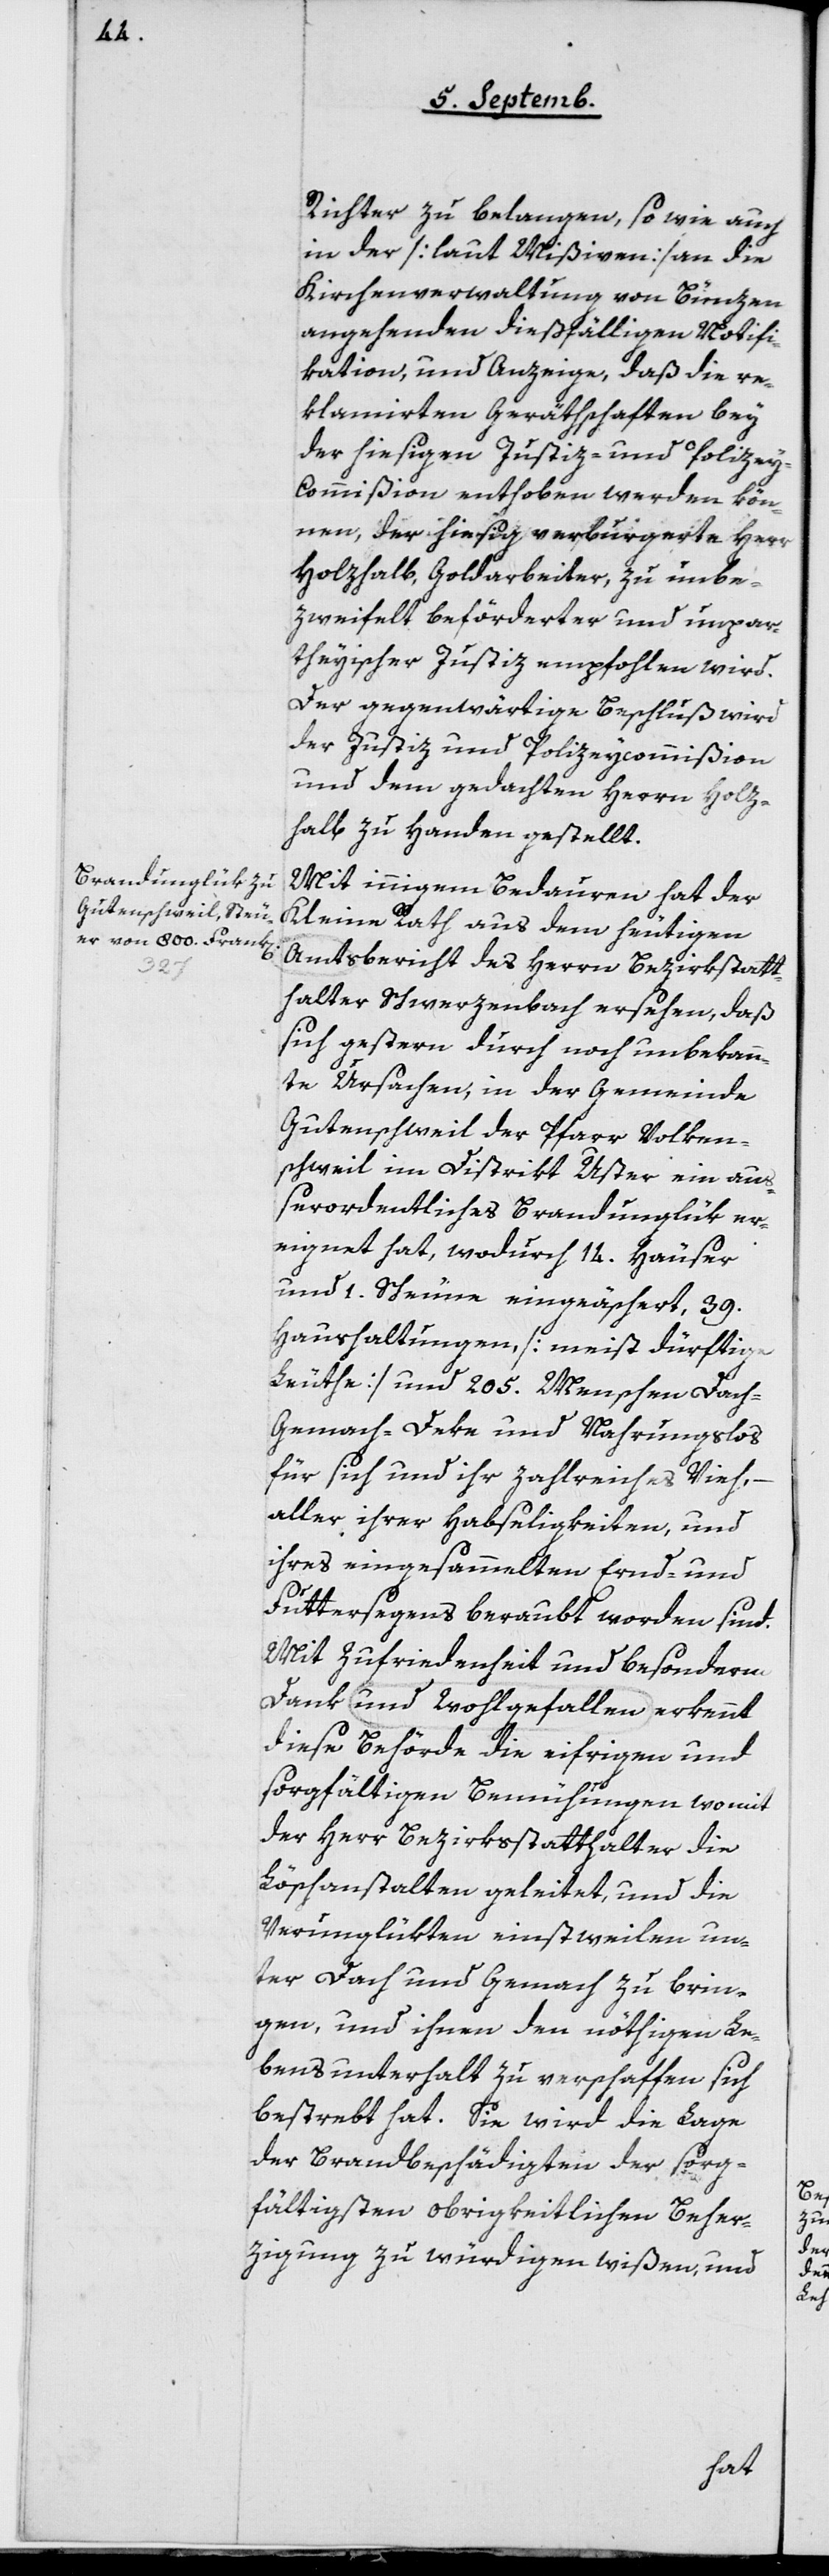
Richter zu belangen, so wie auch
in der [laut Mißiven] an die
Kirchenverwaltung von Bünzen
angehenden dießfälligen Notifi¬
kation und Anzeige, daß die re¬
klamirten Geräthschaften bey
der hiesigen Justiz- und Polize¬
y-Commißion enthoben werden kön¬
nen, der hiesig verburgerte Herr
Holzhalb, Goldarbeiter, zu unbe¬
zweifelt beförderter und unpar¬
theyischer Justiz empfohlen wird.
Der gegenwärtige Beschluß wird
der Justiz- und Polizeycommißion
und dem gedachten Herrn Holz¬
halb zu Handen gestellt.
Mit innigem Bedauern hat der
Kleine Rath aus dem heutigen
Amtsbericht des Herrn Bezirkstatt¬
halter Schwerzenbach ersehen, daß
sich gestern durch noch unbekann¬
te Ursachen, in der Gemeinde
Gutenschweil der Pfarr Volken¬
tschweil im District Uster ein au¬
ßerordentliches Brandunglük er¬
eignet hat, wodurch 14 Häuser
und 1 Scheune eingeäschert, 39
Haushaltungen [meist dürftige
Leute] und 205 Menschen Dach-
Gemach- [,] Deke und Nahrungslos
für sich und ihr zahlreiches Vieh, –
aller ihrer Habseligkeiten und
ihres eingesammelten Ernd- und
Futtersegens beraubt worden sind.
Mit Zufriedenheit und besonderm
Dank und Wohlgefallen erkennt
diese Behörde die eifrigen und
sorgfältigen Bemühungen womit
der Herr Bezirksstatthalter die
Löschanstalten geleitet, und die
Verunglükten einstweilen un¬
ter Dach und Gemach zu brin¬
gen, und ihnen den nöthigen Le¬
bensunterhalt zu verschaffen sich
bestrebt hat. Sie wird die Lage
der Brandbeschädigten der sorg¬
fältigsten obrigkeitlichen Beher¬
zigung zu würdigen wißen, und